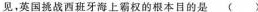
见，英国挑战西班牙海上霸权的根本目的是（ ）